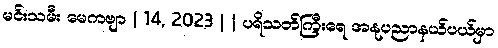
မင်းသမီး မေကဗျာ | 14, 2023 | | ပရိသတ်ကြီးရေ အနုပညာနယ်ပယ်မှာ